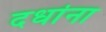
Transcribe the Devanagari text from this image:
दधा॑ना